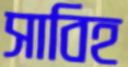
সাবিহ